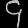
Digit: ၄